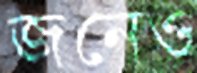
জনেও